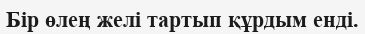
Бір өлең желі тартып құрдым енді.